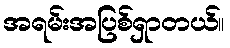
အရမ်းအပြစ်ရှာတယ်။